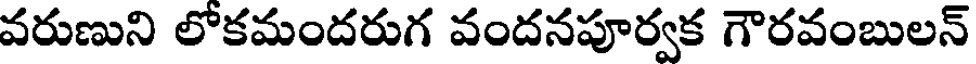
వరుణుని లోకమందరుగ వందనపూర్వక గౌరవంబులన్